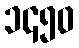
၁၄၅၀